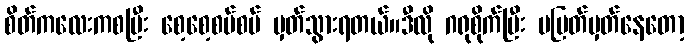
စိတ်ကလေးကစပြီး စေ့စေ့စပ်စပ် မှတ်သွားရတယ်။ဒီလို ဂရုစိုက်ပြီး မပြတ်မှတ်နေတော့